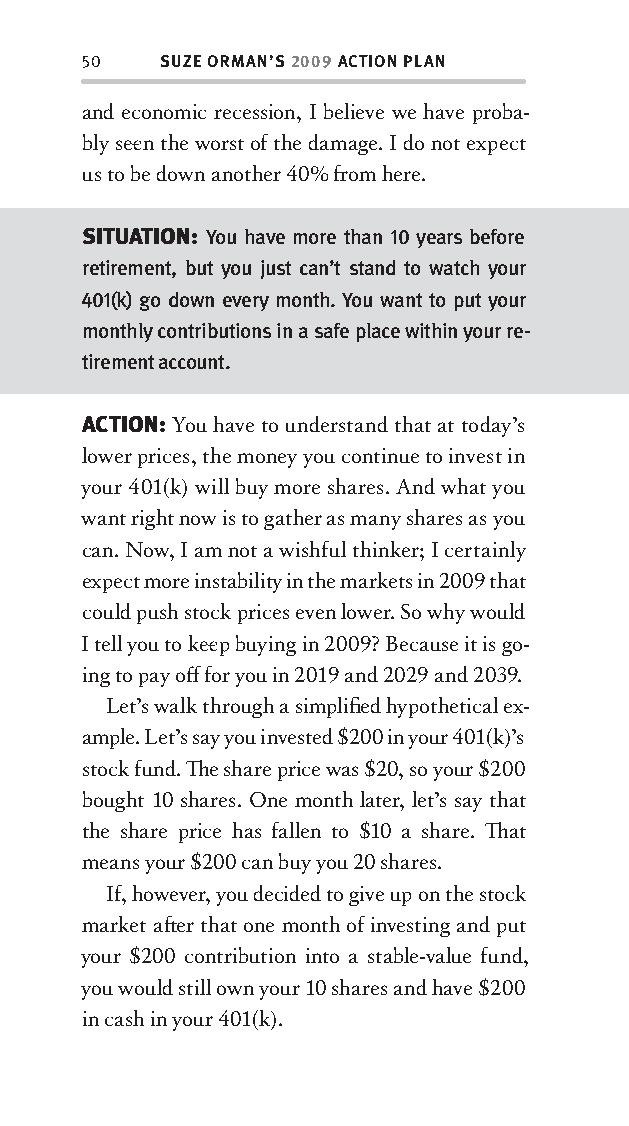
50   SUZE ORMAN’S 2009 ACTION PLAN
 and economic recession, I believe we have proba-
 bly see n the worst of the damage. I do not expect
 us to be down another 40% fr om here.
 SITUATION: You have more than 10 years before
 retirement, but you just can’t stand to watch your
 401(k) go down every month. You want to put your
 monthly contributions in a safe place within your re-
 tirement account.
 ACTION: You have to understand that at today’s
 lower prices, the money you continue to invest in
 your 401(k) will buy more shares. And what you
 want right now is to gather as many shares as you
 can. Now, I am not a wishful thinker; I certainly
 expect more instability in the markets in 2009 that
 could push stock prices even lower. So why would
 I tell you to kee p buying in 2009? Because it is go-
 ing to pay off for you in 2019 and 2029 and 2039.
 Let’s walk through a simplifi ed hypothetical ex-
 ample. Let’s say you invested $200 in your 401(k)’s
 stock fund. Th e share price was $20, so your $200
 bought 10 shares. One month later, let’s say that
 the share price has fallen to $10 a share. Th at
 means your $200 can buy you 20 shares.
 If, however, you decided to give up on the stock
 market aft er that one month of investing and put
 your $200 contribution into a stable-value fund,
 you would still own your 10 shares and have $200
 in cash in your 401(k).
 OOrrmmaa__99778800338855553300993344__44pp__aallll__rr11..iinndddd 5500 1122//33//0088 99::3311::0077 AAMM